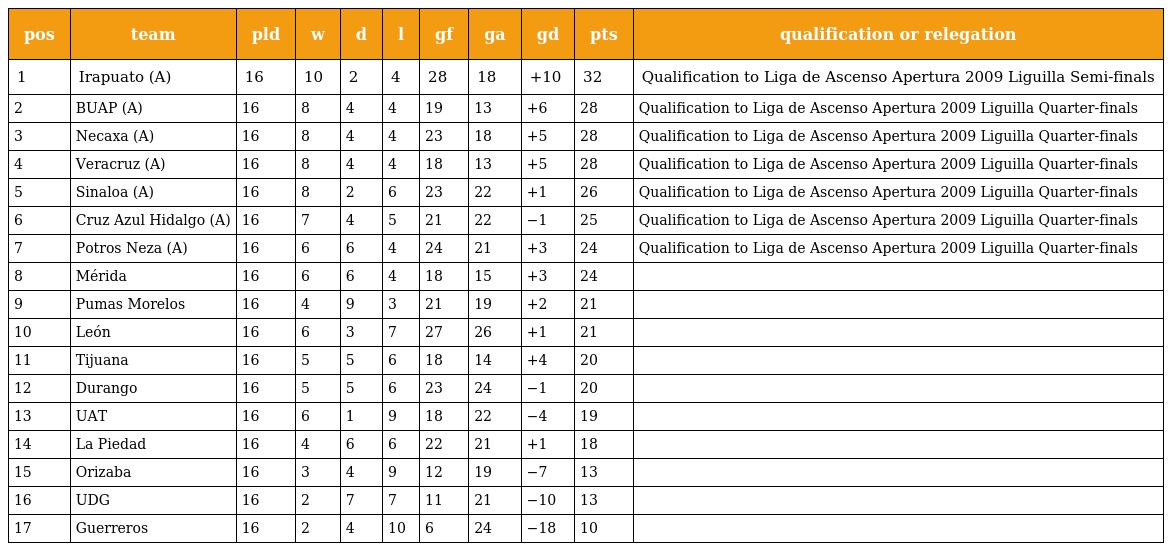
| pos | team | pld | w | d | l | gf | ga | gd | pts | qualification or relegation |
 | --- | --- | --- | --- | --- | --- | --- | --- | --- | --- | --- |
 | 1 | Irapuato (A) | 16 | 10 | 2 | 4 | 28 | 18 | +10 | 32 | Qualification to Liga de Ascenso Apertura 2009 Liguilla Semi-finals |
 | 2 | BUAP (A) | 16 | 8 | 4 | 4 | 19 | 13 | +6 | 28 | Qualification to Liga de Ascenso Apertura 2009 Liguilla Quarter-finals |
 | 3 | Necaxa (A) | 16 | 8 | 4 | 4 | 23 | 18 | +5 | 28 | Qualification to Liga de Ascenso Apertura 2009 Liguilla Quarter-finals |
 | 4 | Veracruz (A) | 16 | 8 | 4 | 4 | 18 | 13 | +5 | 28 | Qualification to Liga de Ascenso Apertura 2009 Liguilla Quarter-finals |
 | 5 | Sinaloa (A) | 16 | 8 | 2 | 6 | 23 | 22 | +1 | 26 | Qualification to Liga de Ascenso Apertura 2009 Liguilla Quarter-finals |
 | 6 | Cruz Azul Hidalgo (A) | 16 | 7 | 4 | 5 | 21 | 22 | −1 | 25 | Qualification to Liga de Ascenso Apertura 2009 Liguilla Quarter-finals |
 | 7 | Potros Neza (A) | 16 | 6 | 6 | 4 | 24 | 21 | +3 | 24 | Qualification to Liga de Ascenso Apertura 2009 Liguilla Quarter-finals |
 | 8 | Mérida | 16 | 6 | 6 | 4 | 18 | 15 | +3 | 24 |  |
 | 9 | Pumas Morelos | 16 | 4 | 9 | 3 | 21 | 19 | +2 | 21 |  |
 | 10 | León | 16 | 6 | 3 | 7 | 27 | 26 | +1 | 21 |  |
 | 11 | Tijuana | 16 | 5 | 5 | 6 | 18 | 14 | +4 | 20 |  |
 | 12 | Durango | 16 | 5 | 5 | 6 | 23 | 24 | −1 | 20 |  |
 | 13 | UAT | 16 | 6 | 1 | 9 | 18 | 22 | −4 | 19 |  |
 | 14 | La Piedad | 16 | 4 | 6 | 6 | 22 | 21 | +1 | 18 |  |
 | 15 | Orizaba | 16 | 3 | 4 | 9 | 12 | 19 | −7 | 13 |  |
 | 16 | UDG | 16 | 2 | 7 | 7 | 11 | 21 | −10 | 13 |  |
 | 17 | Guerreros | 16 | 2 | 4 | 10 | 6 | 24 | −18 | 10 |  |